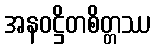
အနဝဋ္ဌိတစိတ္တဿ